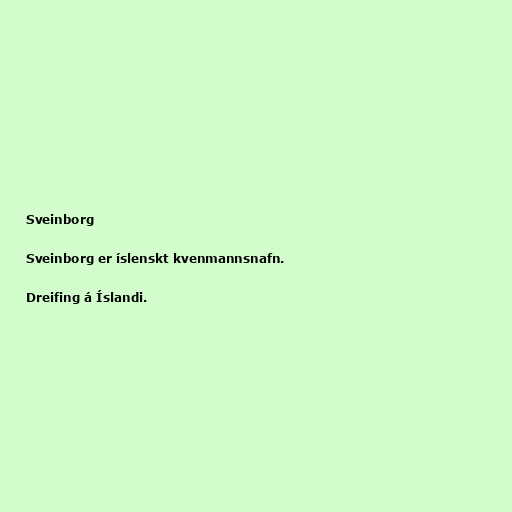
Sveinborg

Sveinborg er íslenskt kvenmannsnafn.

Dreifing á Íslandi.